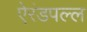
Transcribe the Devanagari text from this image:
ऐरंडपल्ल